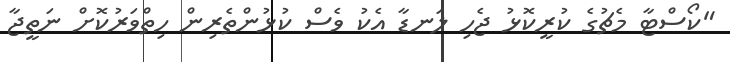
"ކޯސްޓާ މެޗުގެ ކުރީކޮޅު ޖެހި ލަނޑާ އެކު ވެސް ކުޅުންތެރިން ހިތްވަރުކޮށް ނަތީޖާ